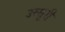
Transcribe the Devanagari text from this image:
उस्सूरी